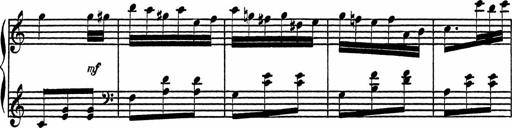
Title: 4 Piano Sonatinas
Composer: Adam Geibel